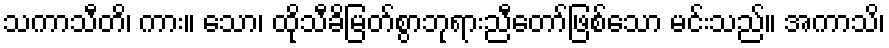
သကာသီတိ၊ ကား။ သော၊ ထိုသီခိမြတ်စွာဘုရားညီတော်ဖြစ်သော မင်းသည်။ အကာသိ၊